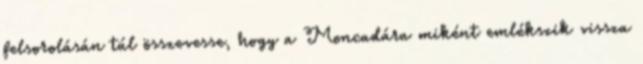
felsorolásán túl összevesse, hogy a Moncadára miként emlékszik vissza